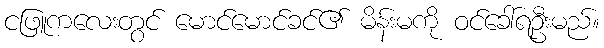
ငဖြူကလေးတွင် မောင်မောင်ခင်၏ မိန်းမကို ဝင်ခေါ်ရဦးမည်။